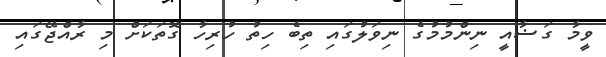
ވީމާ ގަޟާއީ ނިންމުމުގެ ނިވަލުގައި ތިބެ ހިތު ހުރިހާ ގޮތަކަށް މި ރާއްޖޭގައި